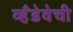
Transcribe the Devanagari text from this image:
व्हँडेवेची